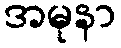
အမုနာ